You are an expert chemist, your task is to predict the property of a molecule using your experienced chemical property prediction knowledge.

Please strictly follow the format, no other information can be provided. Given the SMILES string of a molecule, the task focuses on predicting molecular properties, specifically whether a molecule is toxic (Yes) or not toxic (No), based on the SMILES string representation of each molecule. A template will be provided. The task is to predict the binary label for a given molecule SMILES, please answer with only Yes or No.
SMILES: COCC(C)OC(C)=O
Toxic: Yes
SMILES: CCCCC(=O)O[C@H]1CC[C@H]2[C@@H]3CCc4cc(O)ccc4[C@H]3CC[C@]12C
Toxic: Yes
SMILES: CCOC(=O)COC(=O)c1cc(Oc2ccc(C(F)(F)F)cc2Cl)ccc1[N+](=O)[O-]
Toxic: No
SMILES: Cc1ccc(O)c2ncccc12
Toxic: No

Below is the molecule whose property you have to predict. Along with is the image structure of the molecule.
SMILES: COc1ccc(N)c(C)c1
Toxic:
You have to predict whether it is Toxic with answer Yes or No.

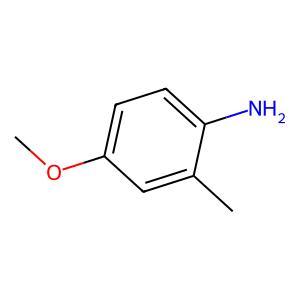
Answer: No